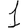
Digit: 1